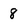
Character: 8